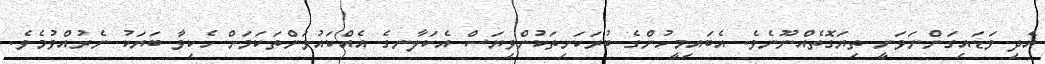
އެދި ވަޑައިގަންނަވަނީ ތިޔަގޮތެއްނޫނެވެ. އެބައިމީހުންގެ ބުރަކަށިތަކުންވިޔަސް އެކަލާނގެ އެއްކައުވަންތަކަމަށް ހެކިވާ ބަޔަކު ނެރުއްވުމެވެ.